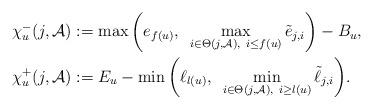
LaTeX: \begin{align*} \chi_{u}^{-}(j,\mathcal{A})&:= \max \bigg( e_{f(u)}, ~ \max_{i\in \Theta (j, \mathcal{A}), ~ i \leq f(u)} \tilde{e}_{j, i} \bigg) -B_{u} , \\ \chi_{u}^{+}(j,\mathcal{A})&:= E_{u} - \min \bigg( \ell_{l(u)}, ~ \min_{i\in \Theta (j,\mathcal{A}), ~ i \geq l({u})} \tilde{\ell}_{j, i} \bigg).\end{align*}